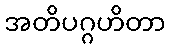
အတိပဂ္ဂဟိတာ